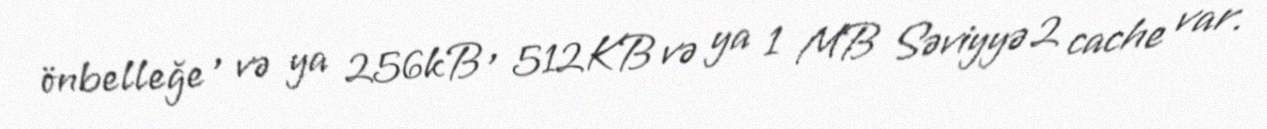
önbelleğe , və ya 256kB , 512KB və ya 1 MB Səviyyə 2 cache var.